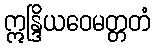
ဣန္ဒြိယဝေမတ္တတံ